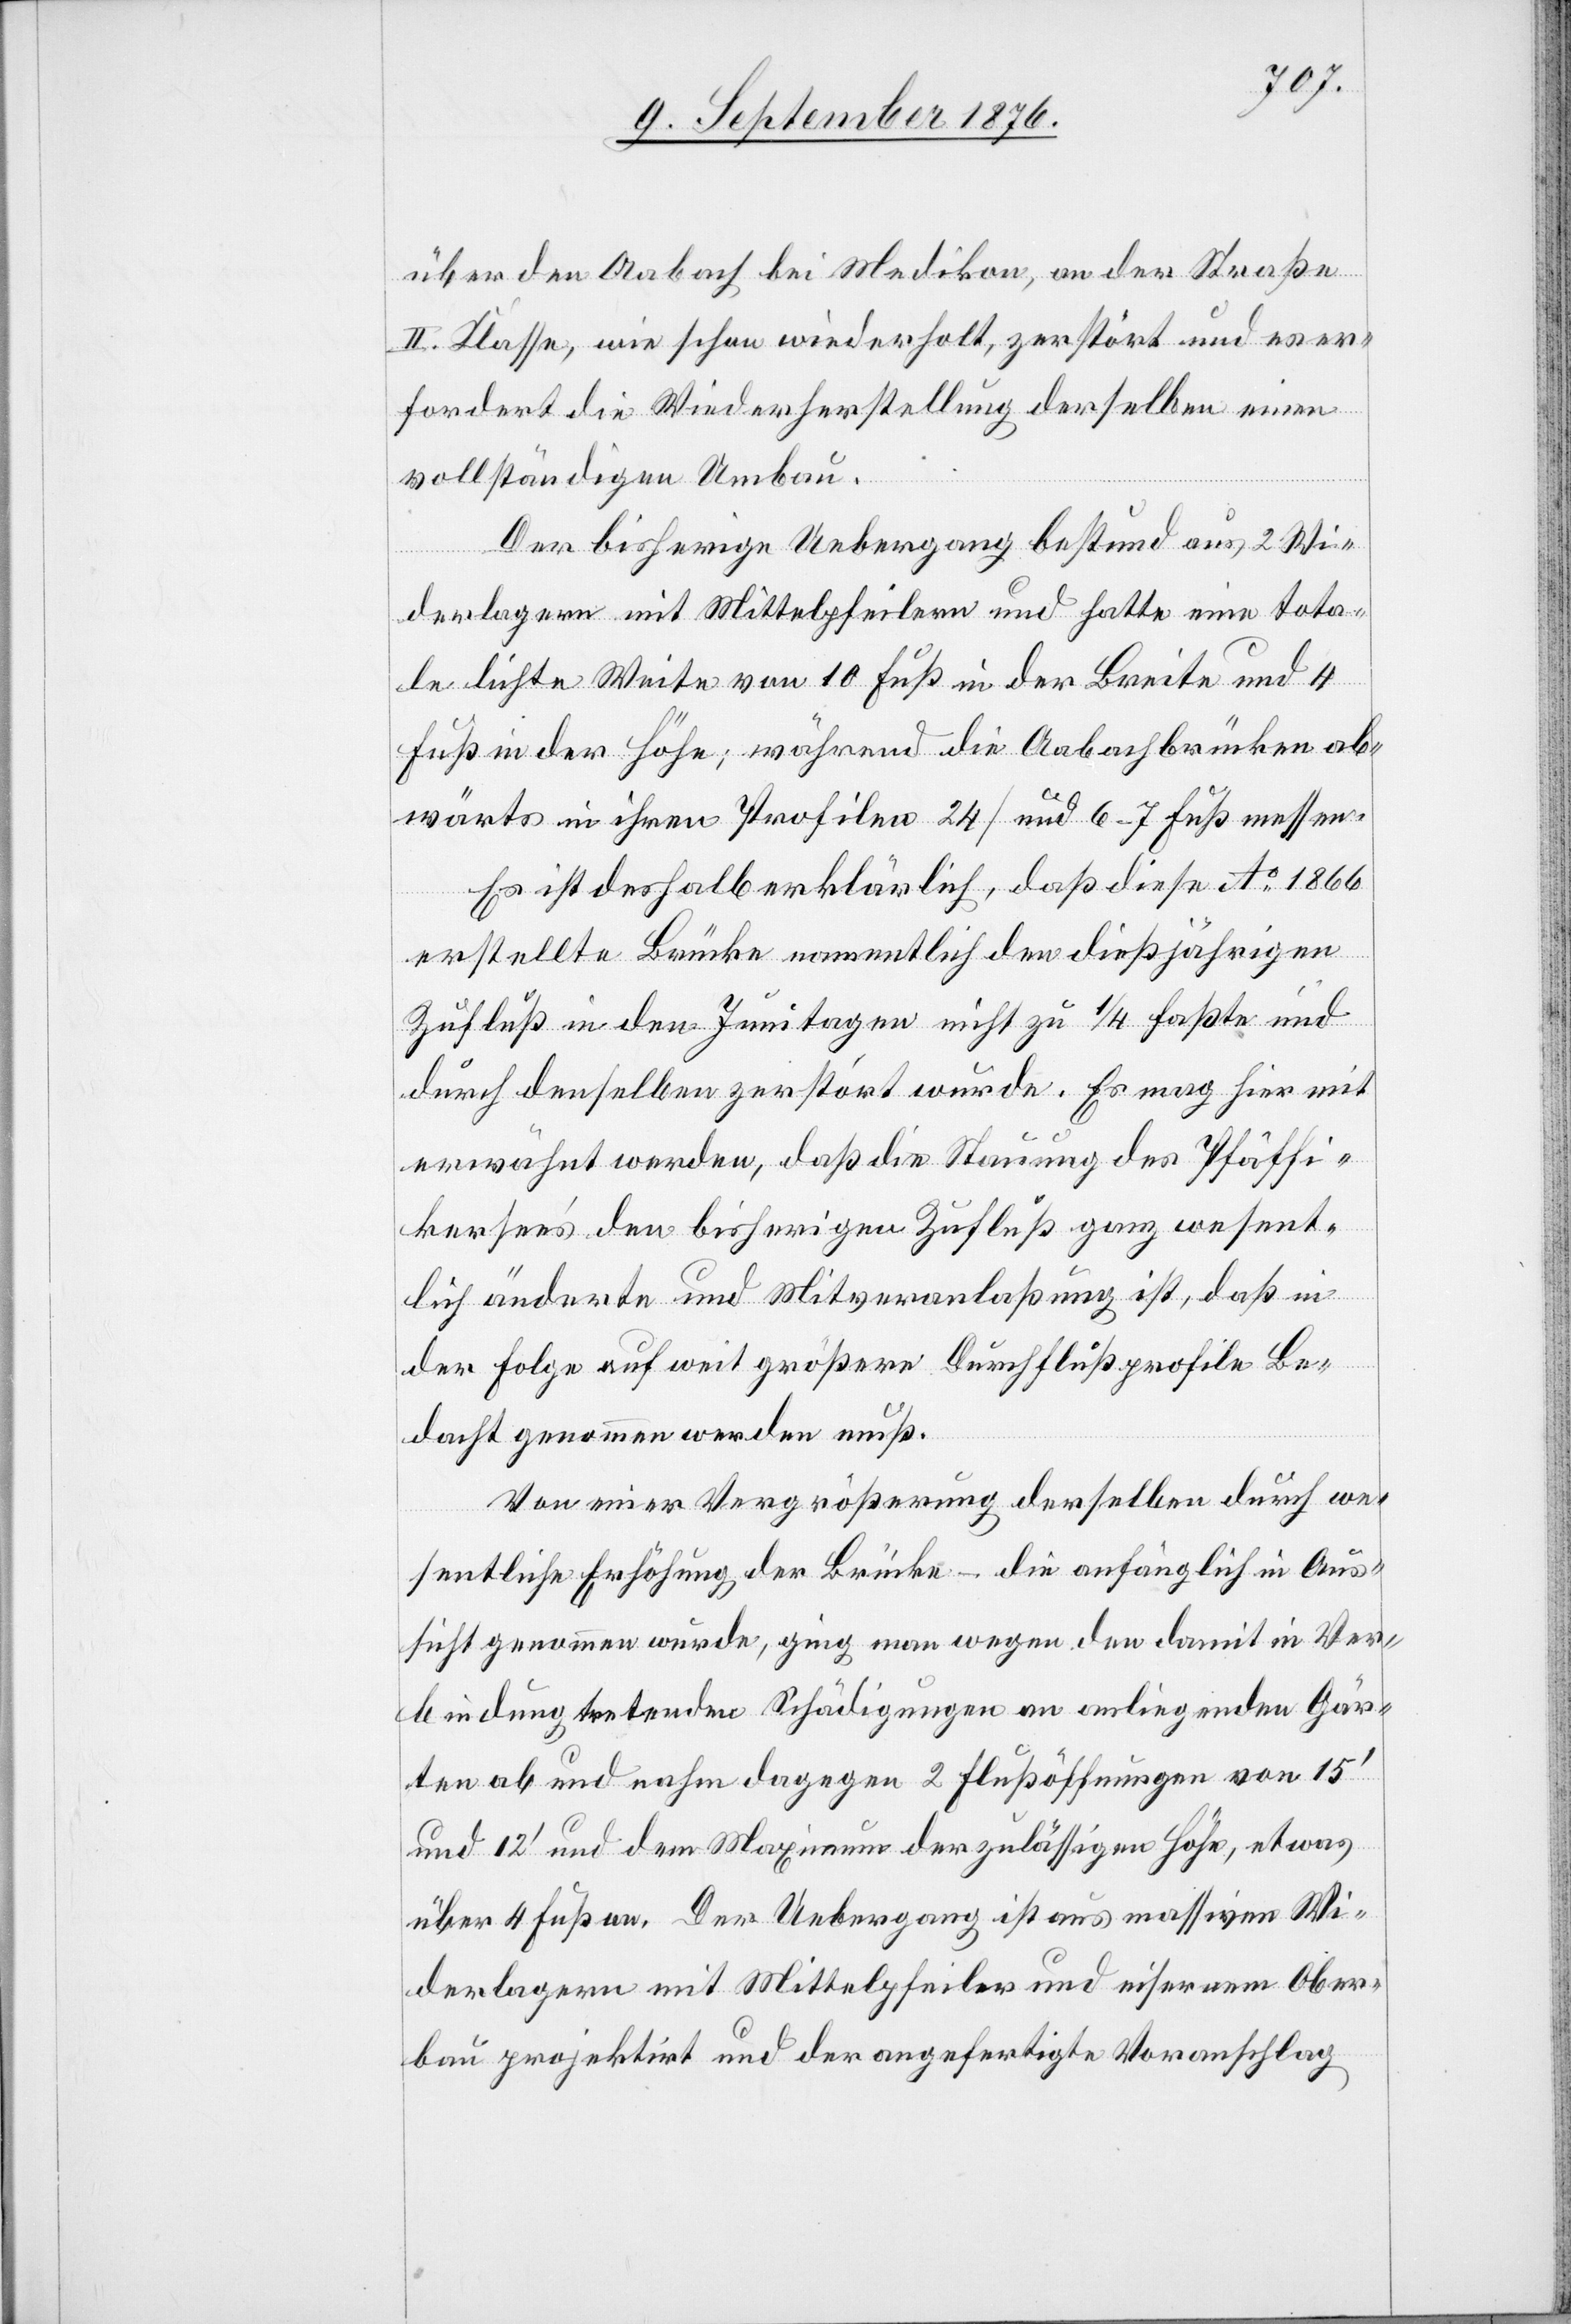
über den Aabach bei Medikon, an der Straße
II. Klasse, wie schon wiederholt, zerstört und es er¬
fordert die Wiederherstellung derselben einen
vollständigen Umbau.
Der bisherige Uebergang bestand aus 2 Wie¬
derlagern mit Mittelpfeilern und hatte eine tota¬
le lichte Weite von 10 Fuß in der Breite und 4
Fuß in der Höhe; während die Aabachbrücken ab¬
wärts in ihren Profilen 24 / [sic!] und 6–7 Fuß messen.
Es ist deshalb erklärlich, daß diese Ao 1866
erstellte Brücke namentlich den dießjährigen
Zufluß in den Junitagen nicht zu 1/4 faßte und
durch denselben zerstört wurde. Es mag hiermit
erwähnt werden, daß die Stauung des Pfäffi¬
kersee’s den bisherigen Zufluß ganz wesent¬
lich änderte und Mitveranlaßung ist, daß in
der Folge auf weit größere Durchflußprofile Be¬
dacht genommen werden muß.
Von einer Vergrößerung derselben durch we¬
sentliche Erhöhung der Brücke – die anfänglich in Aus¬
sicht genommen wurde, ging man wegen den damit in Ver¬
bindung tretenden Schädigungen an anliegenden Gär¬
ten ab und nahm dagegen 2 Flußöffnungen von 15‘
und 12‘ und dem Maximum der zulässigen Höhe, etwas
über 4 Fuß an. Der Uebergang ist aus massivem Obe¬
rbau projektirt und der angefertigte Voranschlag